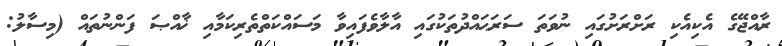
ރާއްޖޭގެ އެކިއެކި ރަށްރަށުގައި ނުވަތަ ސަރަޙައްދުތަކުގައި އާލާވެފައިވާ މަސައްކަތްތެރިކަމާއި ޚާއްޞަ ފަންނުތައް (މިސާލު: